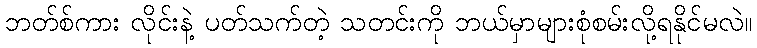
ဘတ်စ်ကား လိုင်းနဲ့ ပတ်သက်တဲ့ သတင်းကို ဘယ်မှာများစုံစမ်းလို့ရနိုင်မလဲ။